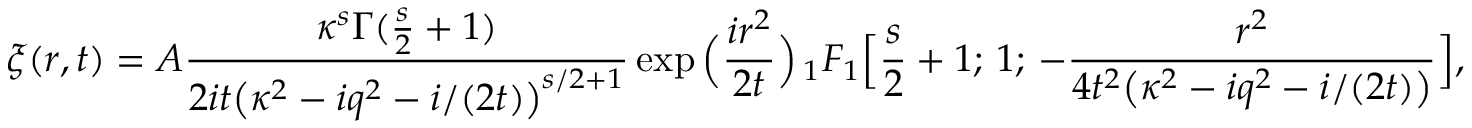
\xi ( r , t ) = A \frac { \kappa ^ { s } \Gamma ( \frac { s } { 2 } + 1 ) } { 2 i t \big ( \kappa ^ { 2 } - i q ^ { 2 } - i / ( 2 t ) \big ) ^ { s / 2 + 1 } } \exp \Big ( \frac { i r ^ { 2 } } { 2 t } \Big ) \, _ { 1 } F _ { 1 } \Big [ \frac { s } { 2 } + 1 ; \, 1 ; \, - \frac { r ^ { 2 } } { 4 t ^ { 2 } \big ( \kappa ^ { 2 } - i q ^ { 2 } - i / ( 2 t ) \big ) } \Big ] ,